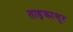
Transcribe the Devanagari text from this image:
ताड़कासूर